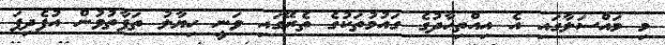
މި މައްސަލާގައި އެ އިއްތިހާދުގެ ގައުމުތަކުގެ ތެރޭގައި ވަނީ ހިޔާލު ތަފާތުވުން އުފެދިފަ